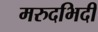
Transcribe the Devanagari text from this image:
मरुदभिदी